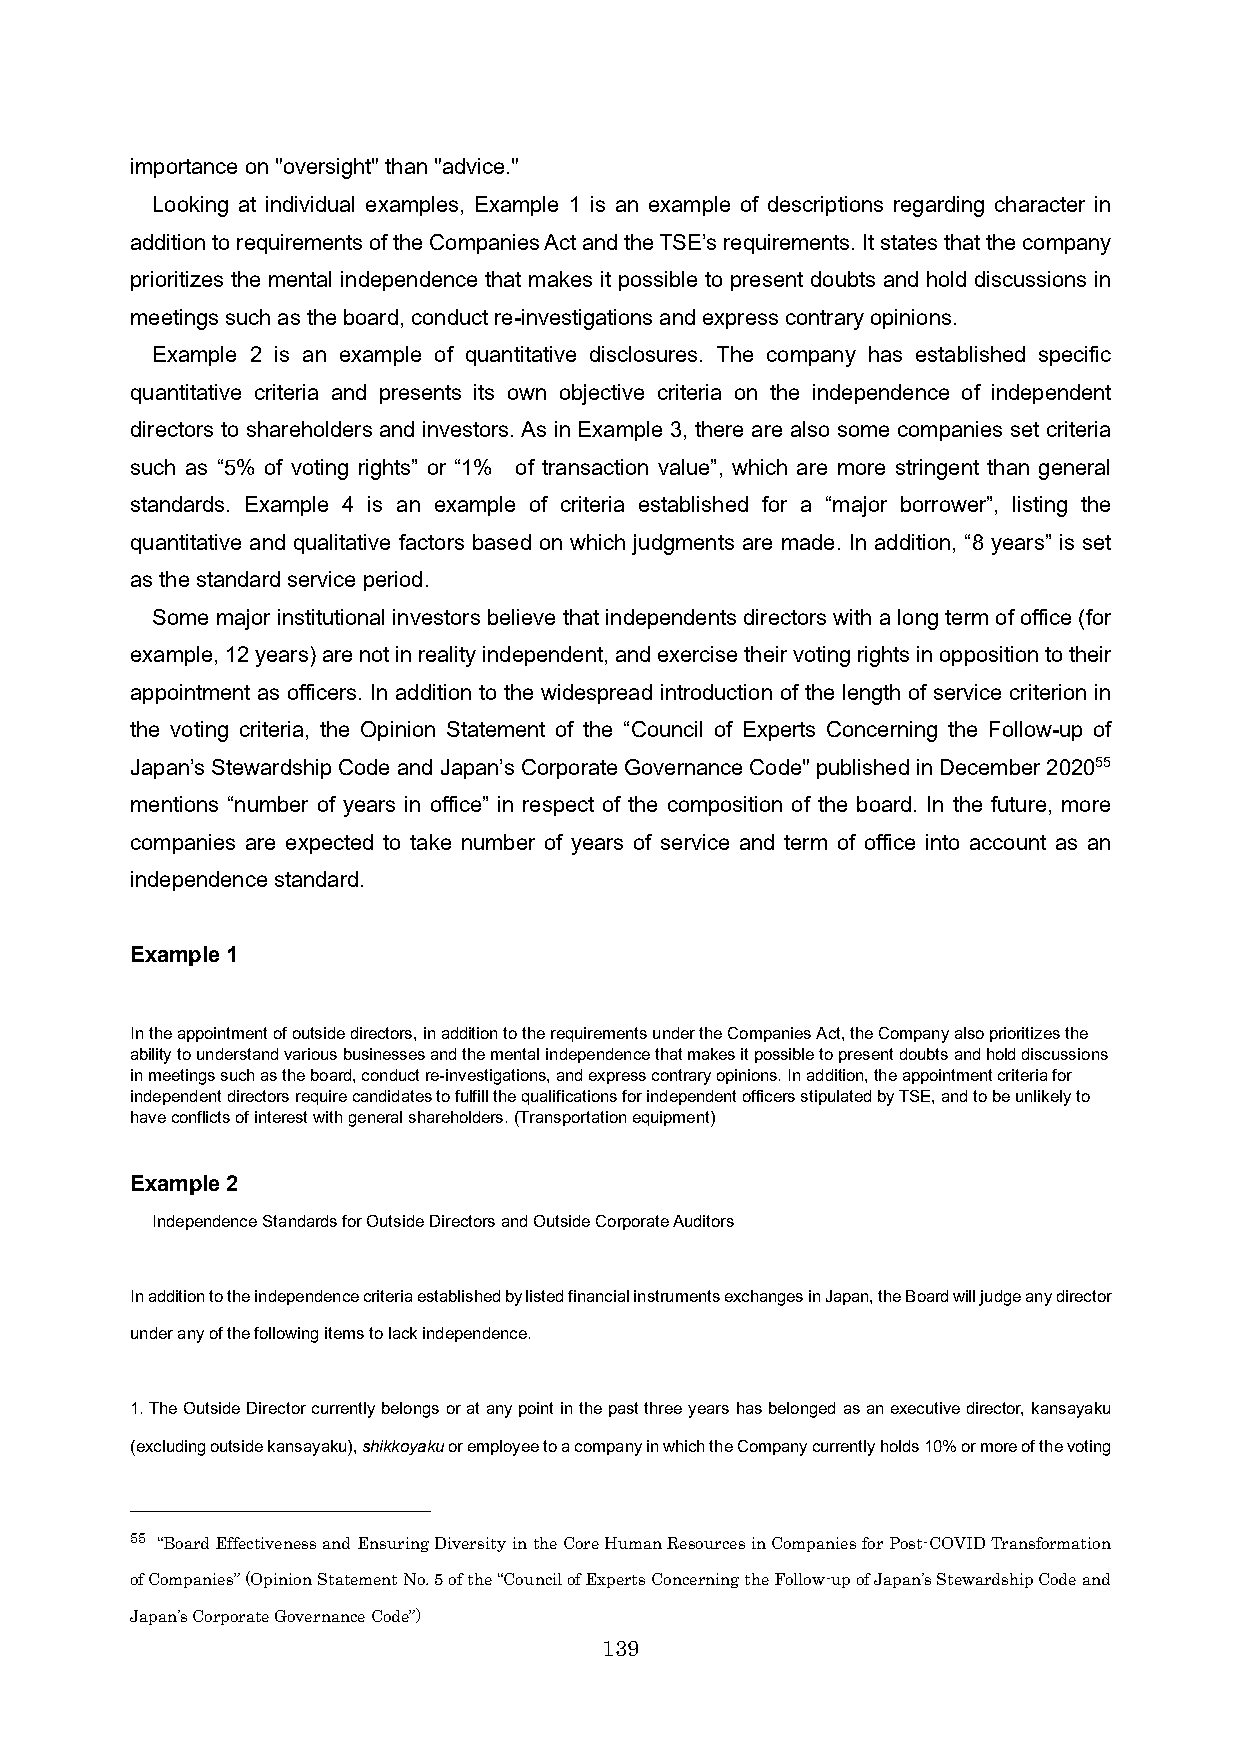
importance on "oversight" than "advice."
 Looking at individual examples, Example 1 is an example of descriptions regarding character in
 addition to requirements of the Companies Act and the TSE’s requirements. It states that the company
 prioritizes the mental independence that makes it possible to present doubts and hold discussions in
 meetings such as the board, conduct re-investigations and express contrary opinions.
 Example 2 is an example of quantitative disclosures. The company has established specific
 quantitative criteria and presents its own objective criteria on the independence of independent
 directors to shareholders and investors. As in Example 3, there are also some companies set criteria
 such as “5% of voting rights” or “1% of transaction value”, which are more stringent than general
 standards. Example 4 is an example of criteria established for a “major borrower”, listing the
 quantitative and qualitative factors based on which judgments are made. In addition, “8 years” is set
 as the standard service period.
 Some major institutional investors believe that independents directors with a long term of office (for
 example, 12 years) are not in reality independent, and exercise their voting rights in opposition to their
 appointment as officers. In addition to the widespread introduction of the length of service criterion in
 the voting criteria, the Opinion Statement of the “Council of Experts Concerning the Follow-up of
 Japan’s Stewardship Code and Japan’s Corporate Governance Code" published in December 202055
 mentions “number of years in office” in respect of the composition of the board. In the future, more
 companies are expected to take number of years of service and term of office into account as an
 independence standard.
 Example 1
 In the appointment of outside directors, in addition to the requirements under the Companies Act, the Company also prioritizes the
 ability to understand various businesses and the mental independence that makes it possible to present doubts and hold discussions
 in meetings such as the board, conductre-investigations, and express contrary opinions. In addition, the appointment criteria for
 independent directors require candidates to fulfill the qualifications for independent officers stipulated by TSE, and to be unlikely to
 have conflicts of interestwith general shareholders. (Transportation equipment)
 Example 2
 Independence Standards for Outside Directors and Outside Corporate Auditors
 In addition to the independence criteria established by listed financial instruments exchanges in Japan, the Board will judge any director
 under any of the following items to lack independence.
 1. The Outside Director currently belongs or at any point in the past three years has belonged as an executive director, kansayaku
 (excluding outside kansayaku), shikkoyakuor employee to a company in which the Company currently holds 10% or more of the voting
 55 “Board Effectiveness and Ensuring Diversity in the Core Human Resources in Companies for Post-COVID Transformation
 of Companies” (Opinion Statement No. 5 of the “Council of Experts Concerning the Follow-up of Japan’s Stewardship Code and
 Japan’s Corporate Governance Code”)
 139